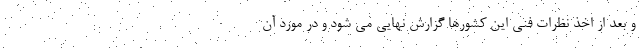
و بعد از اخذ نظرات فنی این کشورها گزارش نهایی می شود و در مورد آن